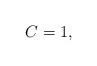
LaTeX: \begin{align*}C=1,\end{align*}